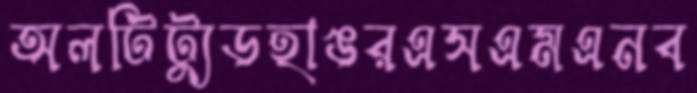
অলটিট্যুডহাঙরএসএমএনব